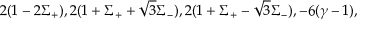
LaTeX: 2 ( 1 - 2 \Sigma _ { + } ) , 2 ( 1 + \Sigma _ { + } + \sqrt { 3 } \Sigma _ { - } ) , 2 ( 1 + \Sigma _ { + } - \sqrt { 3 } \Sigma _ { - } ) , - 6 ( \gamma - 1 ) ,